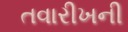
તવારીખની